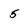
Character: 5